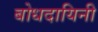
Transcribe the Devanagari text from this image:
बोधदायिनी